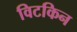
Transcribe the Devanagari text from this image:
विटकिन